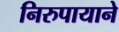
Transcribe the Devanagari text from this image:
निरुपायाने